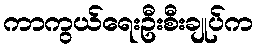
ကာကွယ်ရေးဦးစီးချုပ်က